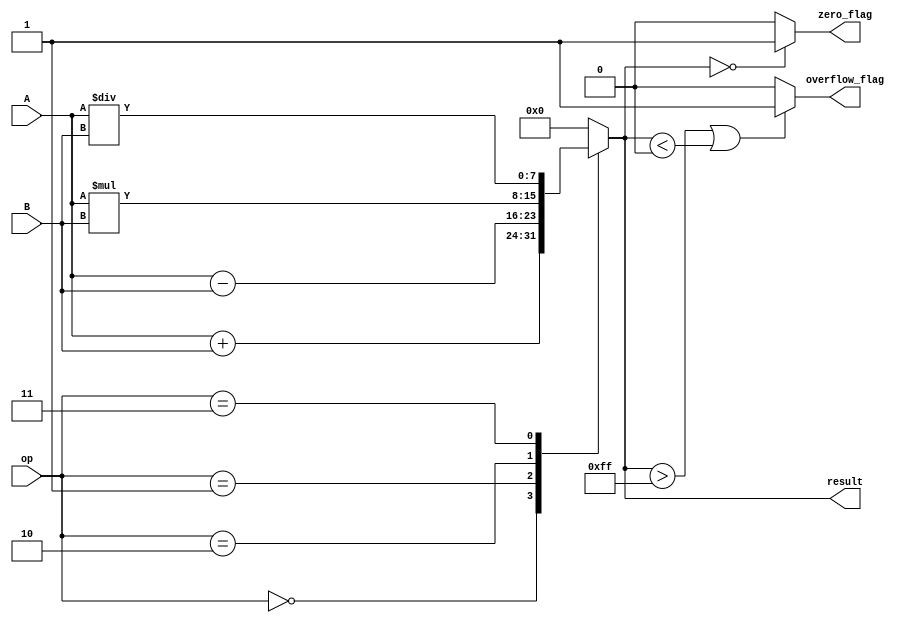
module ALU(
    input [7:0] A, // 8-bit input A
    input [7:0] B, // 8-bit input B
    input [2:0] op, // Operation select signals
    output reg [7:0] result, // Output result
    output reg zero_flag, // Zero flag output
    output reg overflow_flag // Overflow flag output
);

// Arithmetic operation codes
parameter ADD = 3'b000;
parameter SUB = 3'b001;
parameter MUL = 3'b010;
parameter DIV = 3'b011;

always @(*) begin
    case(op)
        ADD: result = A + B;
        SUB: result = A - B;
        MUL: result = A * B;
        DIV: result = A / B; // Division is not supported in Verilog for synthesis
        default: result = 8'b0;
    endcase
    
    // Update flags
    zero_flag = (result == 8'b0) ? 1'b1 : 1'b0; // Set zero flag if result is zero
    overflow_flag = (result > 8'b11111111 || result < 8'b00000000) ? 1'b1 : 1'b0; // Set overflow flag if result overflows
end

endmodule